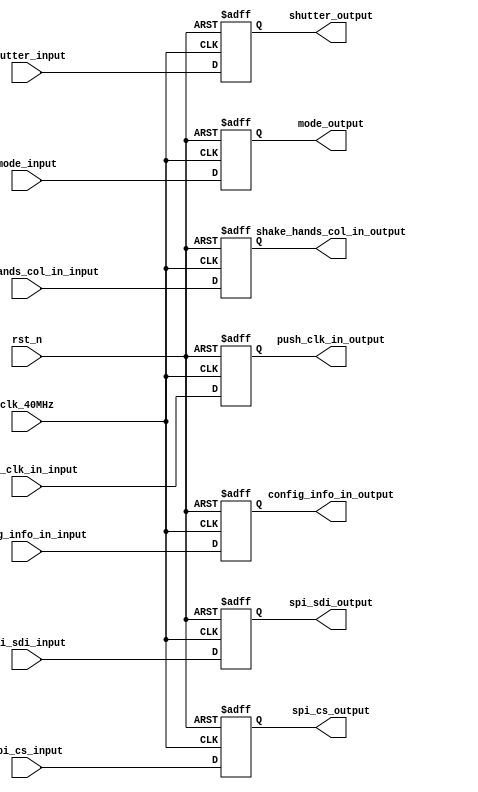
//
//PCBPCBFPGA
//
module in_out_clear(
	clk_40MHz,
	rst_n,
	//input
	spi_sdi_input,
	spi_cs_input,
	shutter_input,
	mode_input,
	push_clk_in_input,
	config_info_in_input,
	shake_hands_col_in_input,
	
	spi_sdi_output,
	spi_cs_output,
	shutter_output,
	mode_output,
	push_clk_in_output,
	config_info_in_output,
	shake_hands_col_in_output

);

	input clk_40MHz;
	input rst_n;
	input spi_sdi_input;
	input spi_cs_input;
	input shutter_input;
	input mode_input;
	input push_clk_in_input;
	input [1:0] config_info_in_input;
	input shake_hands_col_in_input;
	
	output spi_sdi_output;
	output spi_cs_output;
	output shutter_output;
	output mode_output;
	output push_clk_in_output;
	output [1:0] config_info_in_output;
	output shake_hands_col_in_output;
	
	reg spi_sdi_output;
	reg spi_cs_output;
	reg shutter_output;
	reg mode_output;
	reg push_clk_in_output;
	reg [1:0] config_info_in_output;
	reg shake_hands_col_in_output;

	
	
	always @(posedge clk_40MHz or negedge rst_n)
		begin
			if(!rst_n)
				begin
					spi_sdi_output <= 1'b0;
					spi_cs_output <= 1'b0;
					push_clk_in_output <= 1'b0;
					config_info_in_output <= 1'b0;
					shake_hands_col_in_output <= 1'b0;
					shutter_output <= 1'b0;
					mode_output <= 1'b0;
				end
			else
				begin
					spi_sdi_output <= spi_sdi_input;
					spi_cs_output <= spi_cs_input;
					push_clk_in_output <= push_clk_in_input;
					config_info_in_output <= config_info_in_input;
					shake_hands_col_in_output<=shake_hands_col_in_input;
					shutter_output <= shutter_input;
					mode_output <= mode_input;
				end
		end
	


	// always @(posedge clk_40MHz or negedge rst_n)
	// 	begin
	// 		if(!rst_n)
	// 			begin
	// 				route_data_proc_out <= 27'd0;
	// 			end
	// 		else
	// 			begin
	// 				route_data_proc_out <= route_data_proc_in;
	// 			end
	// 	end
		
endmodule